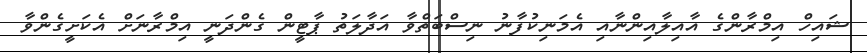
ޝައިހް އިމްރާންގެ އާއިލާއިންނާއި އެމަނިކުފާނު ނިސްބަތްވާ އަދާލަތު ޕާޓީން ގެންދަނީ އިމްރާނަށް އެކަށީގެންވާ